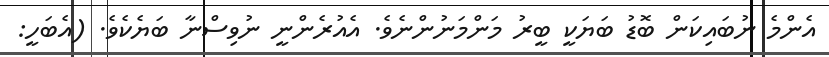
އެންމެ ނުބައިކަން ބޮޑު ބަޔަކީ ބީރު މަންމަނުންނެވެ. އެއުރެންނީ ނުވިސްނާ ބަޔެކެވެ. (އެބަހީ: